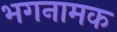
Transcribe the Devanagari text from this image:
भगनामक